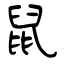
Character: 鼠